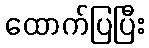
ထောက်ပြပြီး